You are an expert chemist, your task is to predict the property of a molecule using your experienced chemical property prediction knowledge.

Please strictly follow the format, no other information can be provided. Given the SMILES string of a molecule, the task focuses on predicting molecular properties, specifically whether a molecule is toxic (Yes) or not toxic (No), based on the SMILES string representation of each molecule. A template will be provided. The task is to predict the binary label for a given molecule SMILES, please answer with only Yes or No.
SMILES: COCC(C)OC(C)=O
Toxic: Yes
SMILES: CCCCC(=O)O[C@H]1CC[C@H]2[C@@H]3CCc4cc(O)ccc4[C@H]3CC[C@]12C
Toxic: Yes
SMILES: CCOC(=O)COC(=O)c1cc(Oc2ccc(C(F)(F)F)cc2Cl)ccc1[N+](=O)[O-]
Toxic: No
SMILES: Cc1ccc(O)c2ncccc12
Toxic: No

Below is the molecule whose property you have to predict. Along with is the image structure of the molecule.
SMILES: c1ccc(-c2nnn[nH]2)cc1
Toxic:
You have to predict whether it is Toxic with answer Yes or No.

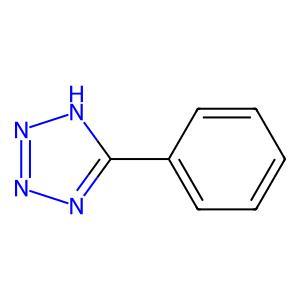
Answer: No